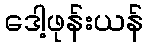
ဒေါ့ဖုန်းယန်